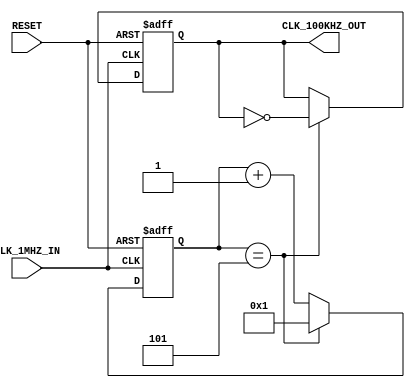
///////////////////////////////////////////////////////////////////////////////////////////////////
// Company: <ELSA>
//
//
// Description: Turns 1MHZ clock into 100KHZ clock
//
// Targeted device: <Family::ProASIC3L> <Die::A3PE3000L> <Package::484 FBGA>
//
/////////////////////////////////////////////////////////////////////////////////////////////////// 

module clock_div_1MHZ_100KHZ(CLK_1MHZ_IN,RESET,CLK_100KHZ_OUT);
input CLK_1MHZ_IN,RESET;
output CLK_100KHZ_OUT;

reg [16:0] counter;
reg clk_out;
parameter factor=10; // Change this number for proper clock. Period in relation to nanoseconds.
assign CLK_100KHZ_OUT = clk_out;
always @(posedge CLK_1MHZ_IN or negedge RESET)
begin
    if (RESET==1'b0) begin
        counter<=1;
        clk_out<=1;
    end else if (counter == factor/2) begin
        clk_out <= ~clk_out;
        counter <=1;
    end else begin
        counter <= counter+1;
    end
    
end


endmodule